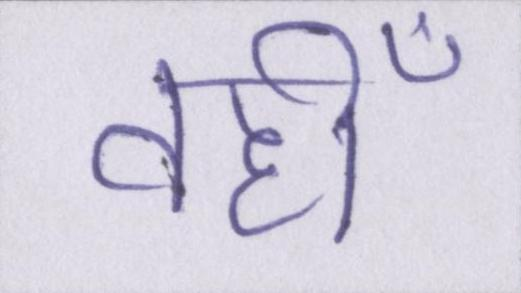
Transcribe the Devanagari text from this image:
वहीँ